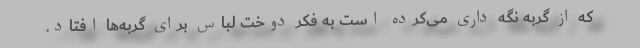
که از گربه نگه داری می‌کرده است به فکر دوخت لباس برای گربه‌ها افتاد.